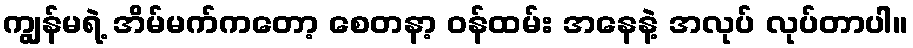
ကျွန်မရဲ့ အိမ်မက်ကတော့ စေတနာ့ ဝန်ထမ်း အနေနဲ့ အလုပ် လုပ်တာပါ။